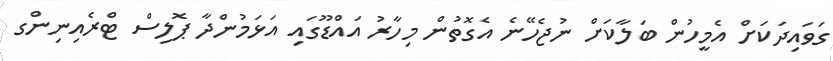
ގަވައިދަކަށް އެމީހުން ބަލާކަށް ނުޖެހޭނެ އެގޮތުން މިހާރު އައްޑޫގައި އަޅަމުންދާ ޕޮލިސް ޓްރެއިނިންގ